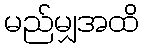
မည်မျှအထိ